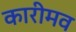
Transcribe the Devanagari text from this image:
कारीमव